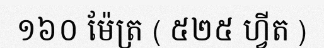
១៦០ ម៉ែត្រ ( ៥២៥ ហ្វីត )